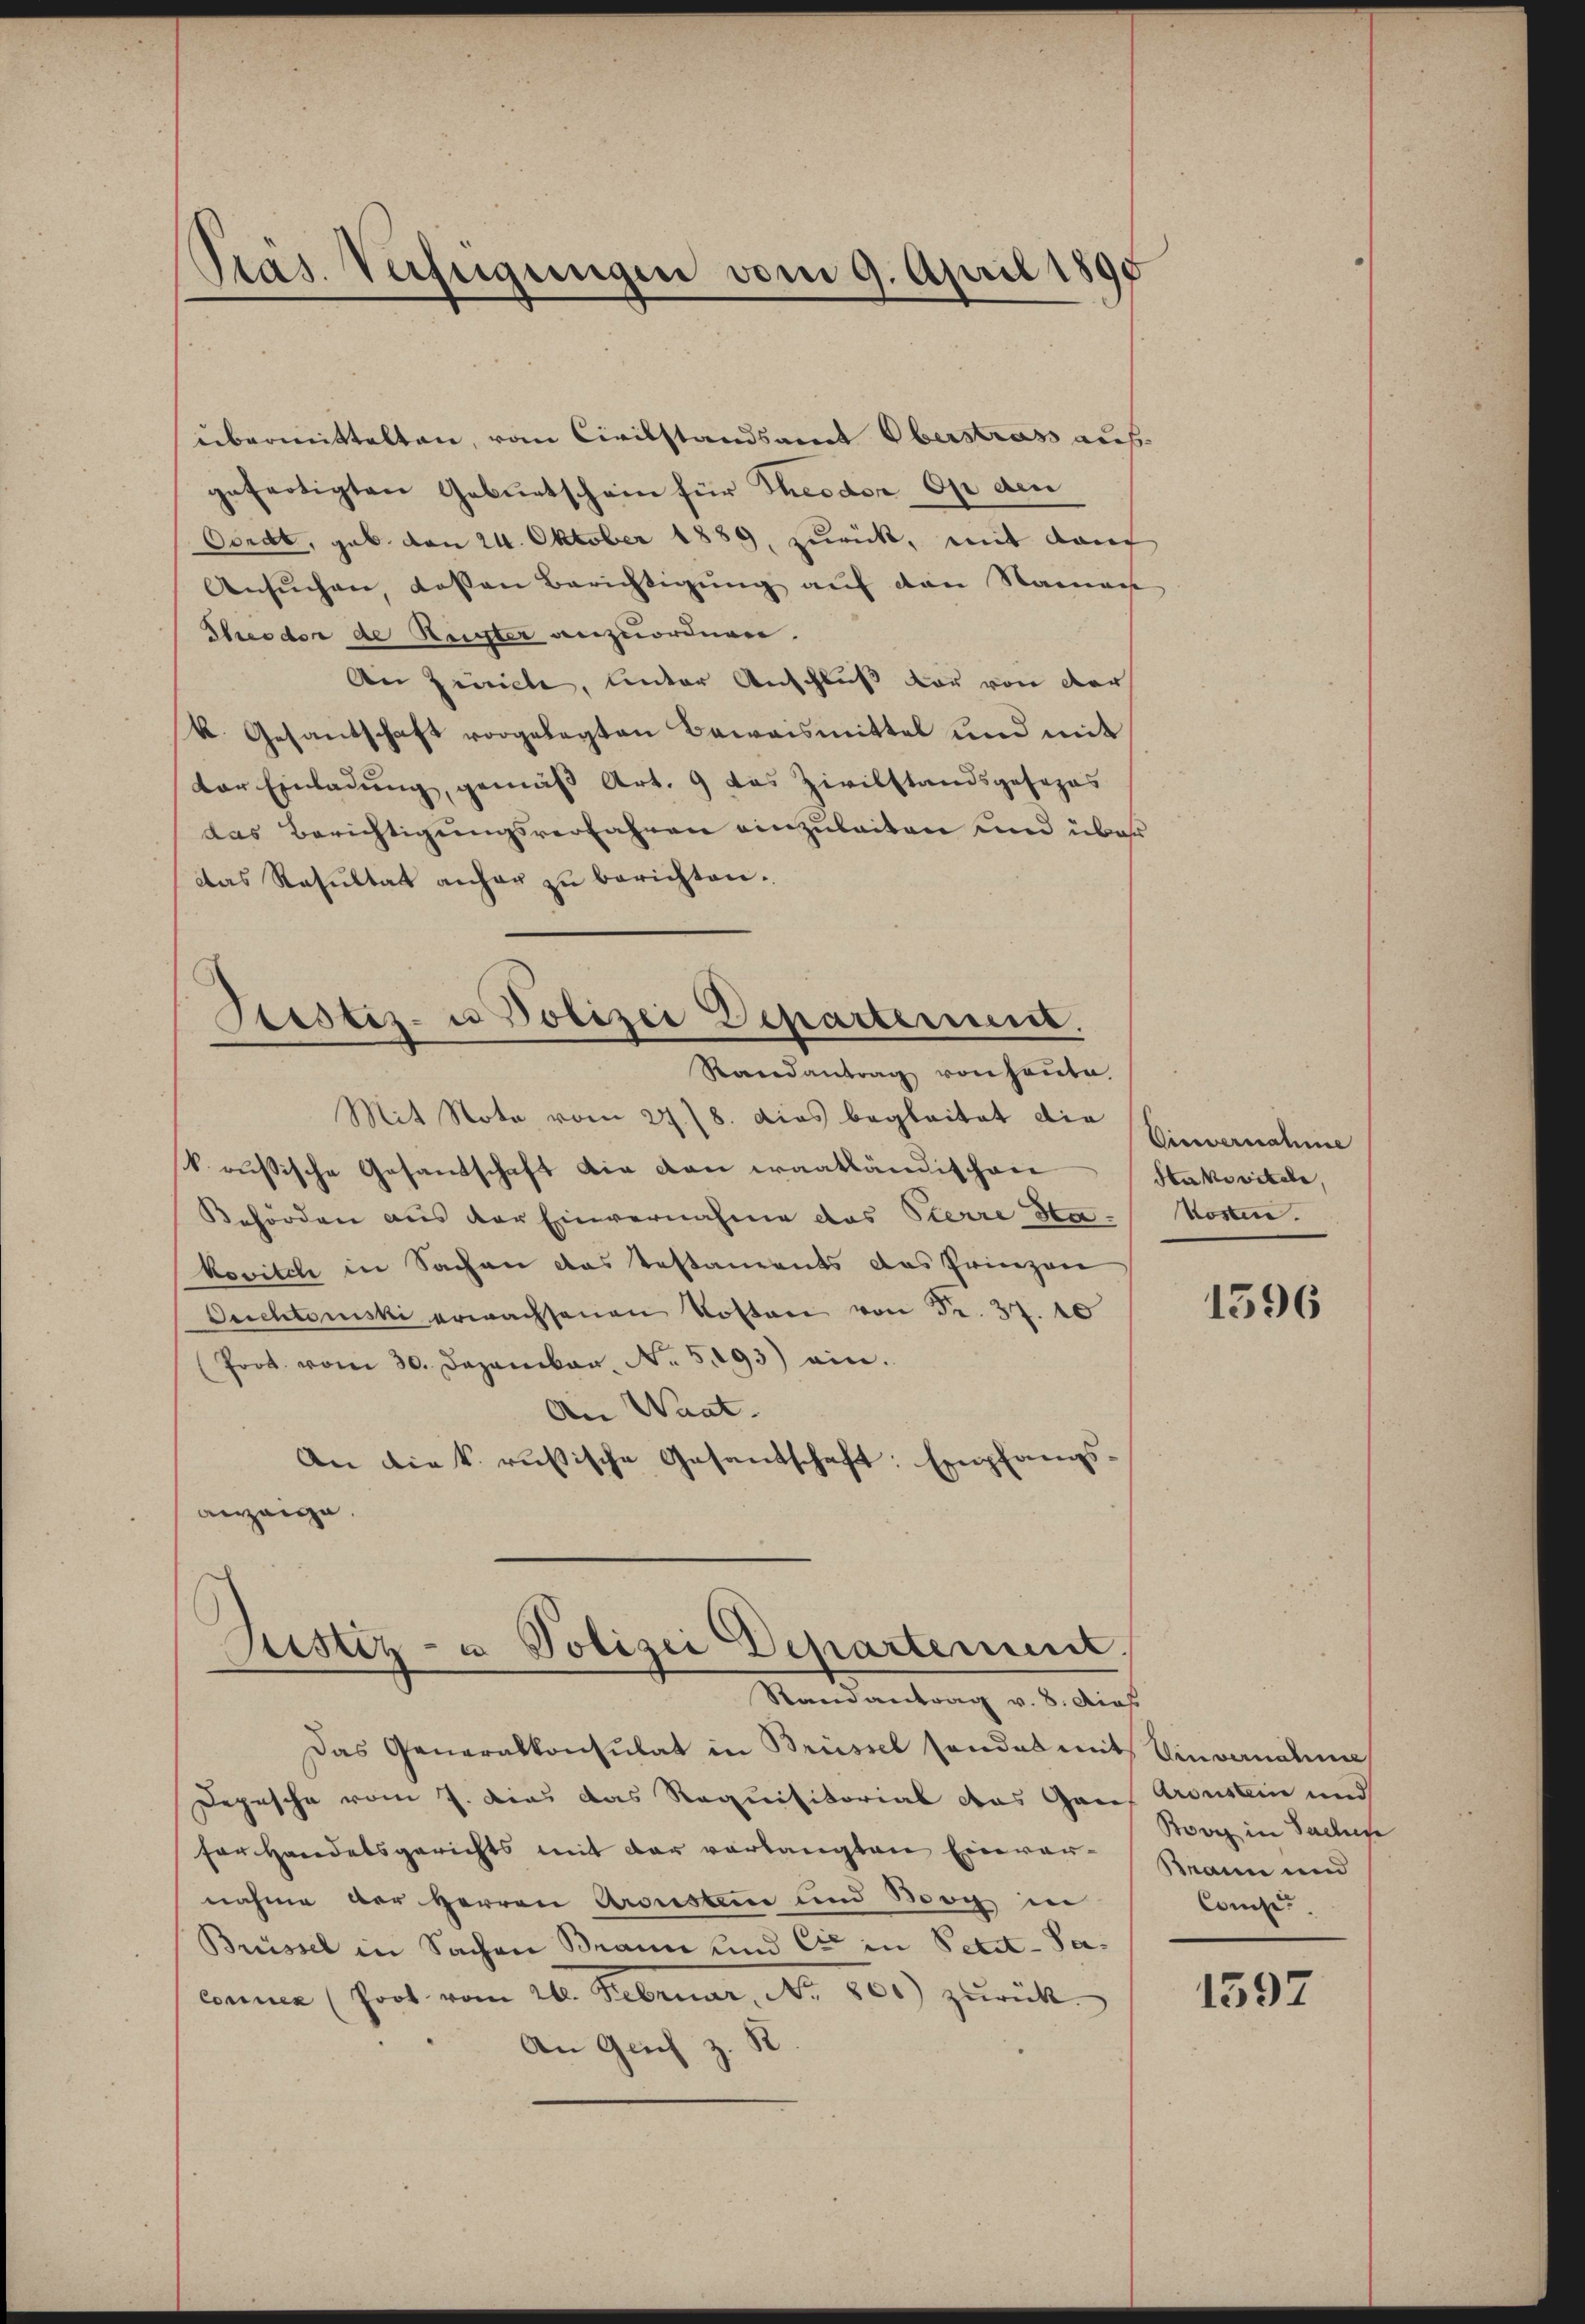
Präs. Verfügungen vom 9. April 1898

übermittelten, vom Civilstandsamt Oberstrass aus
gefertigten Geburtschein für Theodor Op den
Oordt, geb. den 24. Oktober 1889, zurück, mit dann
Ansŭchen, dassen Berichtigŭng aŭf den Namen
Theodor de Rugter anzuordnen.
An Züricle, unter Anschluß der von der
k. Gesantschaft vorgelegten Beweismittel und mit
der Einladung, gemäß Art. 9 das Zivilstandsgesezes
das Berichtigungsverfahren einzuleiten und über
das Resultat anher zŭ berichten.

Stestiz- u Polizei Departement.
Randantrag von heute.

Justiz- u Polizei Departemen,
—
Randantrag v. 8. dies

Mit Note vom 27./8. dies begleitet die
k. russische Gesandschaft die von waatländischen
Behörden aus der Einvernahme das Sterre Sta-Kosten.
kovitch in Sachen das Testaments das Prinzen
Duchtanski erwachsenen Kosten von Fr. 37. 10
Prot. vom 30. Dezember. No. 593) ein.
An Waat.
An die k. russische Gesandschaft: Empfangsanzeige.

Das Generalkonsulat in Brüssel sondes mit
Depesche vom 7. dies das Requisitorial das Genf
for Handelsgerichts mit der verlangten Einver-
nahme der Herren Aronisten und Boch in
Brüssel in Sachen Braun und Cie in Petit-Sacomme (fort vom 24. Februar, No. 801) zŭrück-
s
An Geich z.

Cinvernahme
dekeitete,

1596

Ainvernahme
Aronstein und
Boviz in Sachen
Bann und
Consis.

1597